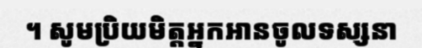
។ សូមប្រិយមិត្តអ្នកអានចូលទស្សនា